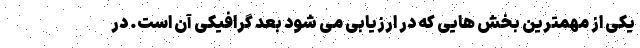
یکی از مهمترین بخش هایی که در ارزیابی می شود بعد گرافیکی آن است. در